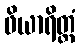
ဖိယာရိတ္တံ